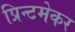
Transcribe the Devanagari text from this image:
प्रिन्टमेकर